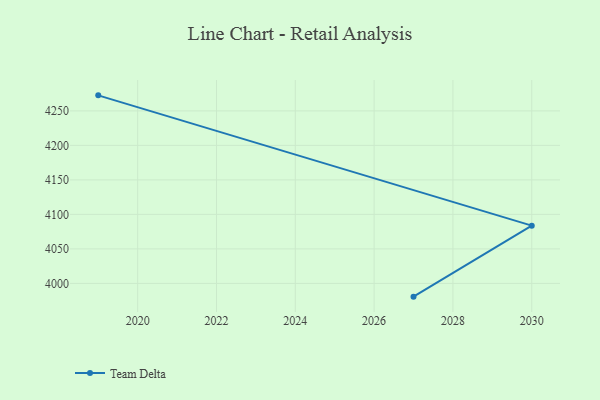
{"axis": {"x": "Year", "y": "Churn Rate (%)"}, "legend": ["Team Delta"], "data": [{"x": "2027", "y": 3980.8, "type": "Team Delta"}, {"x": "2030", "y": 4083.7, "type": "Team Delta"}, {"x": "2019", "y": 4272.5, "type": "Team Delta"}]}